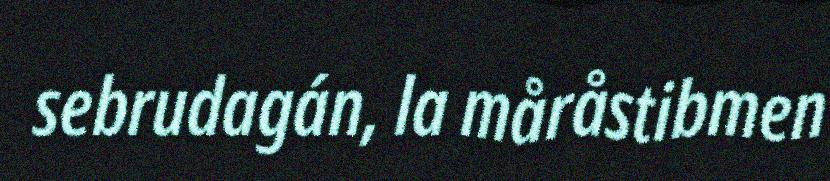
sebrudagán, la måråstibmen